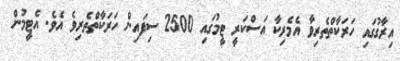
އިރާގުގައި ހަރަކާތްތެރިވާ އެމެރިކާ އަސްކަރީ ޓީމުގައި 2500 ސިފައިން ހަރަކާތްތެރިވެ އެވެ. އެޓީމުން